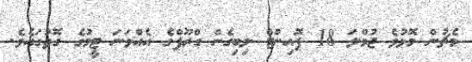
މެޗުން މޮޅުވެ ޖުމްލަ 18 ޕޮއިންޓް ލިބިގެން ގްރޫޕްގެ އެއްވަނަ ޓީމުގެ ގޮތުގައެވެ.